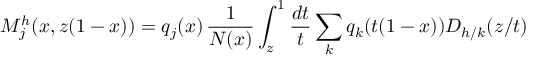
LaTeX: M _ { j } ^ { h } ( x , z ( 1 - x ) ) = q _ { j } ( x ) \, \frac { 1 } { N ( x ) } \int _ { z } ^ { 1 } \frac { d t } { t } \sum _ { k } q _ { k } ( t ( 1 - x ) ) D _ { h / k } ( z / t )